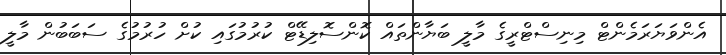
އެންވަޔަރަމެންޓް މިނިސްޓްރީގެ މާލީ ބަޔާންތައް ކޮންސޮލިޑޭޓް ކުރުމުގައި ކުށް ހުރުމުގެ ސަބަބުން މާލީ